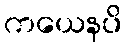
ကယေနပိ